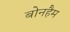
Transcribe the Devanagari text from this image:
बोनहैम